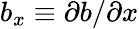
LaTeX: b_{x}\equiv\partial b/\partial x